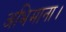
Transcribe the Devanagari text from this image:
अभिमाना।